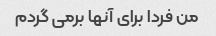
من فردا برای آنها برمی گردم